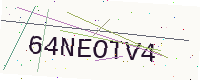
Text: 64NEOTV4